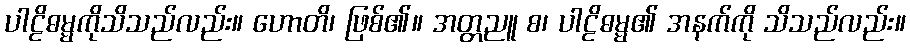
ပါဠိဓမ္မကိုသိသည်လည်း။ ဟောတိ၊ ဖြစ်၏။ အတ္တညူ စ၊ ပါဠိဓမ္မ၏ အနက်ကို သိသည်လည်း။